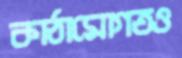
কাঠামোগতও